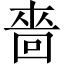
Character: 嗇